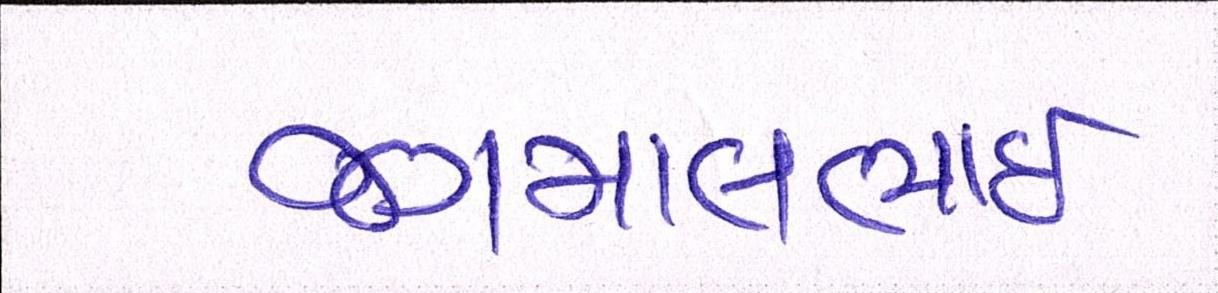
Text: જગમાલભાઇ